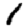
Digit: 1